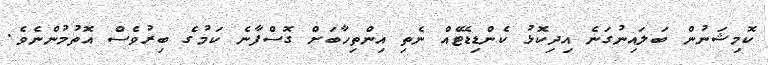
ކޮމިޝަނުން ބަލައިނުގަނެ އިދިކޮޅު ކެންޑިޑޭޓެއް ނެތި އިންތިހާބަށް ގޮސްފާނެ ކަމުގެ ބިރުވެސް އޮތުމުންނެވެ.